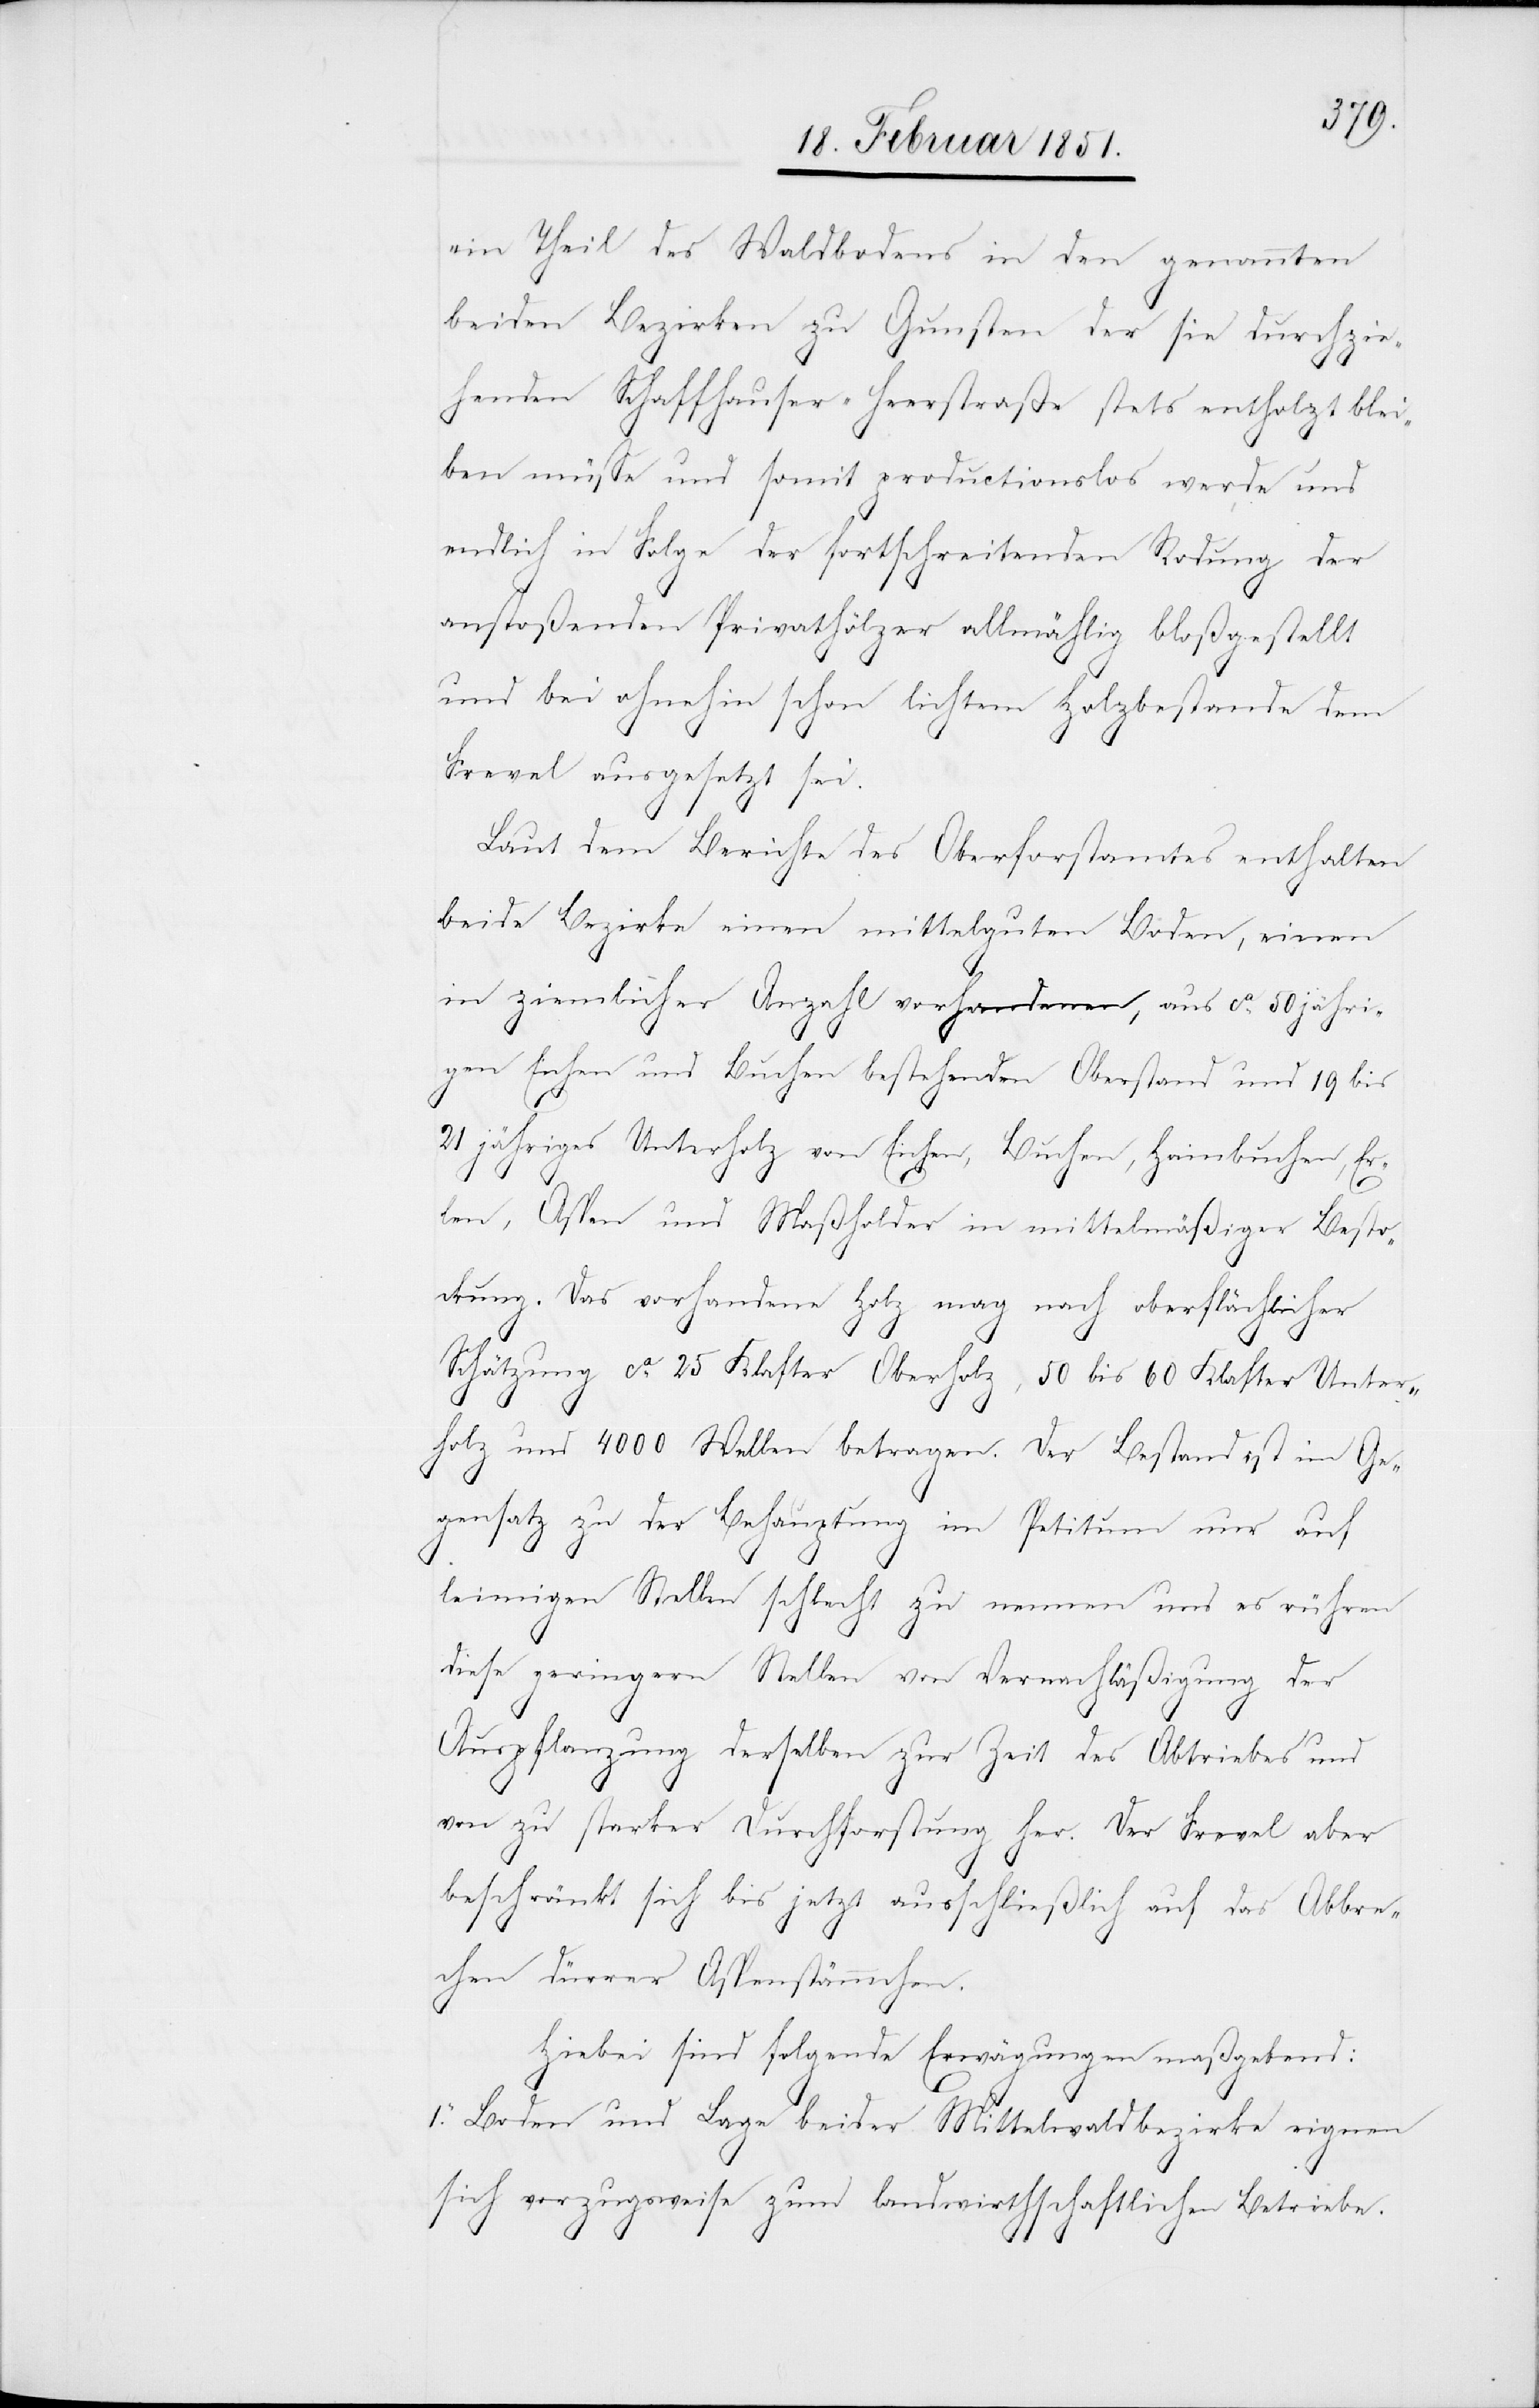
ein Theil des Waldbodens in den genannten
beiden Bezirken zu Gunsten der sie durchzie¬
henden Schaffhauser-Heerstraße stets entholzt blei¬
ben müsse und somit productionslos werde und
endlich in Folge der fortschreitenden Rodung der
anstoßenden Privathölzer allmählig bloßgestellt
und bei ohnehin schon lichtem Holzbestande dem
Frevel ausgesetzt sei.
Laut dem Berichte des Oberforstamtes enthalten
beide Bezirke einen mittelguten Boden, einen
in ziemlicher Anzahl vorhandenen, aus ca. 50 jähri¬
gen Eichen und Buchen bestehenden Oberstand und 19 bis
21 jähriges Unterholz von Eichen, Buchen, Hainbuchen, Er¬
len, Aspen und Maßholder in mittelmäßiger Besto¬
ckung. Das vorhandene Holz mag nach oberflächlicher
Schätzung ca. 25 Klafter Oberholz, 50 bis 60 Klafter Unter¬
holz und 4000 Wellen betragen. Der Bestand ist im Ge¬
gensatz zu der Behauptung im Petitum nur auf
leimigen Stellen schlecht zu nennen und es rühren
diese geringern Stellen von Vernachläßigung der
Auspflanzung derselben zur Zeit des Abtriebes und
von zu starker Durchforstung her. Der Frevel aber
beschränkt sich bis jetzt ausschließlich auf das Abbre¬
chen dürrer Aspenstämmchen.
Hiebei sind folgende Erwägungen maßgebend:
1. Boden und Lage beider Mittelwaldbezirke eignen
sich vorzugsweise zum landwirthschaftlichen Betriebe.